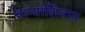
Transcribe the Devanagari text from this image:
धाग्याशिवाय